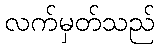
လက်မှတ်သည်